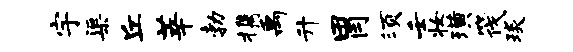
宇渠丘莘勃携禹升胃须壬妆璜筏琰